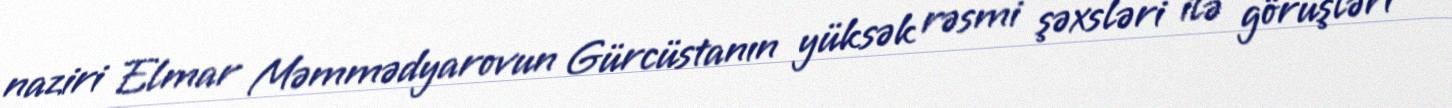
naziri Elmar Məmmədyarovun Gürcüstanın yüksək rəsmi şəxsləri ilə görüşləri